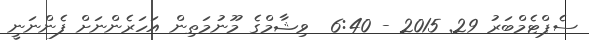
ސެޕްޓެމްބަރު 29